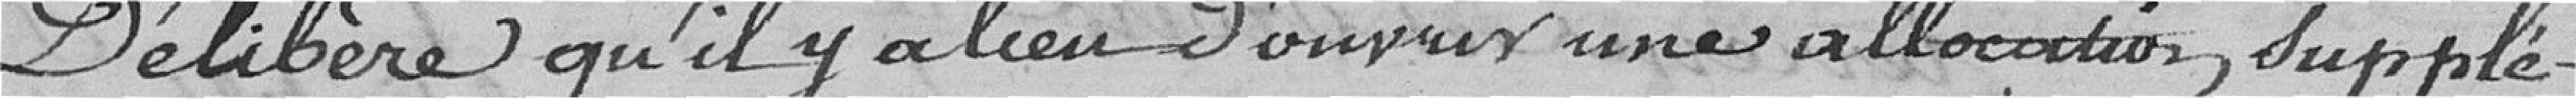
délibère qu'il y a lieu d'ouvrir une allocation supplé-